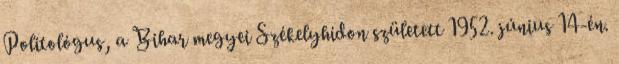
Politológus, a Bihar megyei Székelyhídon született 1952. június 14-én.